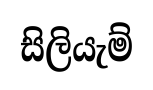
සිලියැම්